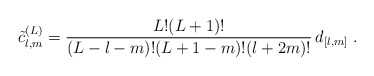
\begin{align*} \tilde c^{(L)}_{l,m} = \frac{L! (L+1)!} {(L-l-m)! (L+1-m)! (l+2m)!} \, d_{[l,m]} \;.\end{align*}